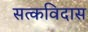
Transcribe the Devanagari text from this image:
सत्कविदास